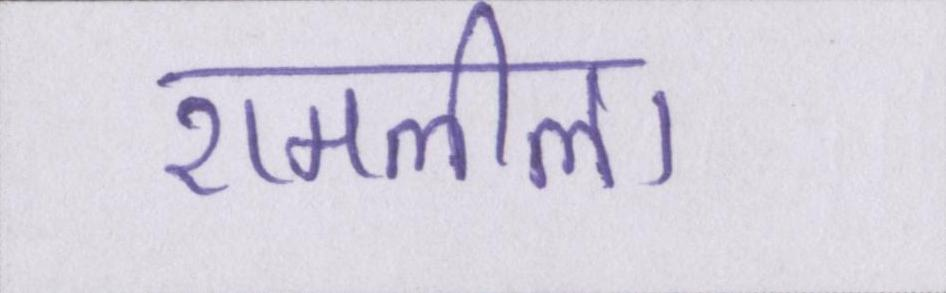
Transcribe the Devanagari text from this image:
रामलीला